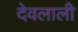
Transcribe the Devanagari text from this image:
देवलाली